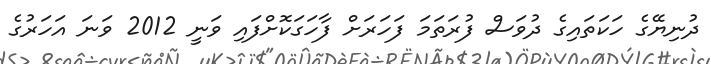
ދުނިޔޭގެ ހަކަތައިގެ ދުވަސް ފުރަތަމަ ފަހަރަށް ފާހަގަކޮށްފައި ވަނީ 2012 ވަނަ އަހަރުގެ